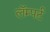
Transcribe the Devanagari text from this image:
लॅम्पर्ट